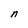
Character: n